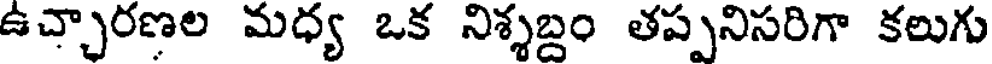
ఉచ్చారణల మధ్య ఒక నిశ్శబ్దం తప్పనిసరిగా కలుగు